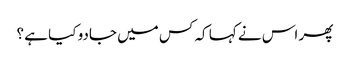
پھر اس نے کہا کہ کس میں جادو کیا ہے ؟